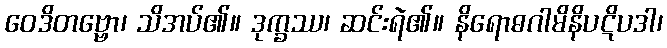
ဝေဒိတဗ္ဗော၊ သိအပ်၏။ ဒုက္ခဿ၊ ဆင်းရဲ၏။ နိရောဓဂါမိနိပဋိပဒါ၊